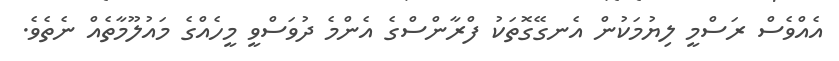
އެއްވެސް ރަސްމީ ލިޔުމަކުން އެނގޭގޮތަކު ފްރާންސްގެ އެންމެ ދުވަސްވީ މީހެއްގެ މައުލޫމާތެއް ނެތެވެ.